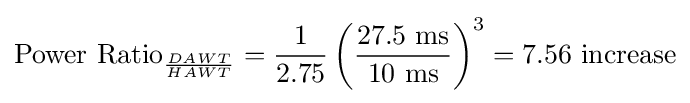
{\text{Power Ratio}}_{DAWT \over HAWT}={1 \over 2.75}\left({27.5{\text{ ms}} \over 10{\text{ ms}}}\right)^{3}=7.56{\text{ increase}}